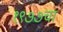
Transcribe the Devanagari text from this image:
१९७७चा